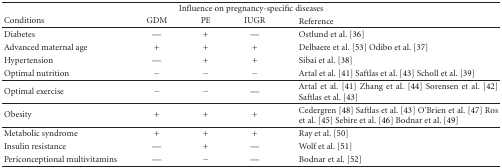
<table><thead><tr><td colspan="5"><b>Influence on pregnancy-specific diseases</b></td></tr><tr><td><b>Conditions</b></td><td><b>GDM</b></td><td><b>PE</b></td><td><b>IUGR</b></td><td><b>Reference</b></td></tr></thead><tbody><tr><td>Diabetes</td><td>—</td><td>+</td><td>—</td><td>Ostlund et al. [36]</td></tr><tr><td>Advanced maternal age</td><td>+</td><td>+</td><td>+</td><td>Delbaere et al. [53] Odibo et al. [37]</td></tr><tr><td>Hypertension</td><td>—</td><td>+</td><td>+</td><td>Sibai et al. [38]</td></tr><tr><td>Optimal nutrition</td><td>−</td><td>−</td><td>−</td><td>Artal et al. [41] Saftlas et al. [43] Scholl et al. [39]</td></tr><tr><td>Optimal exercise</td><td>−</td><td>−</td><td>—</td><td>Artal et al. [41] Zhang et al. [44] Sorensen et al. [42] Saftlas et al. [43]</td></tr><tr><td>Obesity</td><td>+</td><td>+</td><td>+</td><td>Cedergren [48] Saftlas et al. [43] O’Brien et al. [47] Ros et al. [45]Sebire et al. [46] Bodnar et al. [49]</td></tr><tr><td>Metabolic syndrome</td><td>+</td><td>+</td><td>+</td><td>Ray et al. [50]</td></tr><tr><td>Insulin resistance</td><td>—</td><td>+</td><td>—</td><td>Wolf et al. [51]</td></tr><tr><td>Periconceptional multivitamins</td><td>—</td><td>−</td><td>—</td><td>Bodnar et al. [52]</td></tr></tbody></table>